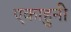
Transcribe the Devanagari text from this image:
एकाहुनी